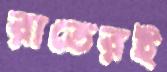
রাতেরই